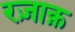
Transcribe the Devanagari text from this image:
रज़ाक़